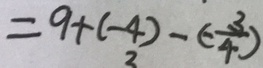
= 9 + ( - 4 ) - ( - \frac { 3 } { 4 } )